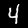
Label: 4